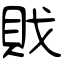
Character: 戝